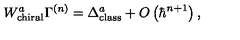
W _ { \mathrm { c h i r a l } } ^ { a } \Gamma ^ { \left( n \right) } = \Delta _ { \mathrm { c l a s s } } ^ { a } + O \left( \hbar ^ { n + 1 } \right) ,